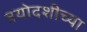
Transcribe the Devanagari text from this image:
त्रयोदशीच्या